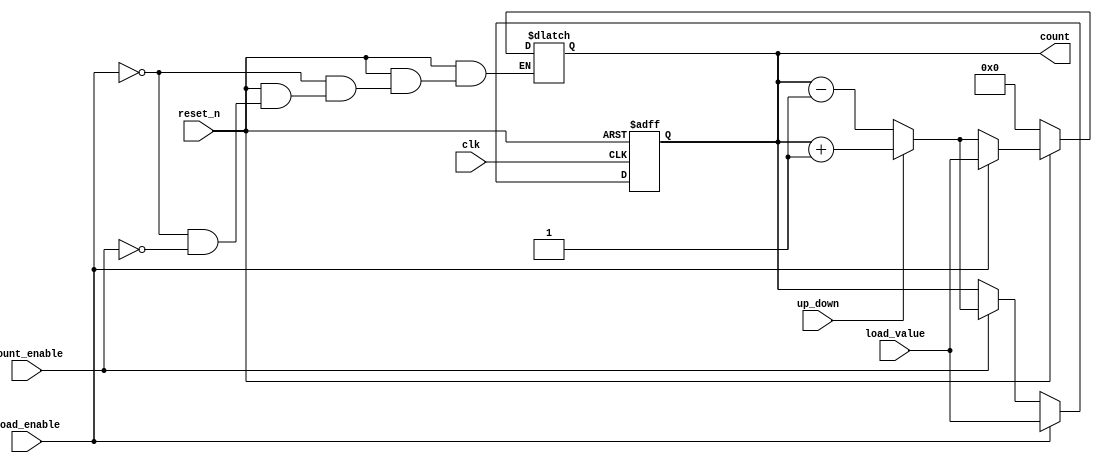
module async_load_counter (
    input wire clk,           // Clock signal
    input wire reset_n,      // Asynchronous reset (active low)
    input wire load_enable,   // Load enable signal
    input wire count_enable,  // Count enable signal
    input wire up_down,       // Up/Down control signal (1 for up, 0 for down)
    input wire [7:0] load_value, // Value to load into counter
    output reg [7:0] count    // Current count value
);

    // Asynchronous reset
    always @(*) begin
        if (!reset_n) begin
            count = 8'b0; // Reset count to 0
        end else if (load_enable) begin
            count = load_value; // Load the specified value
        end else if (count_enable) begin
            if (up_down) begin
                count = count + 1; // Increment count
            end else begin
                count = count - 1; // Decrement count
            end
        end
    end

    // Sequential logic to handle clock edge
    always @(posedge clk or negedge reset_n) begin
        if (!reset_n) begin
            count <= 8'b0; // Reset count to 0
        end else if (load_enable) begin
            count <= load_value; // Load the specified value
        end else if (count_enable) begin
            if (up_down) begin
                count <= count + 1; // Increment count
            end else begin
                count <= count - 1; // Decrement count
            end
        end
    end

endmodule